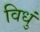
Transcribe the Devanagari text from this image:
विधुं